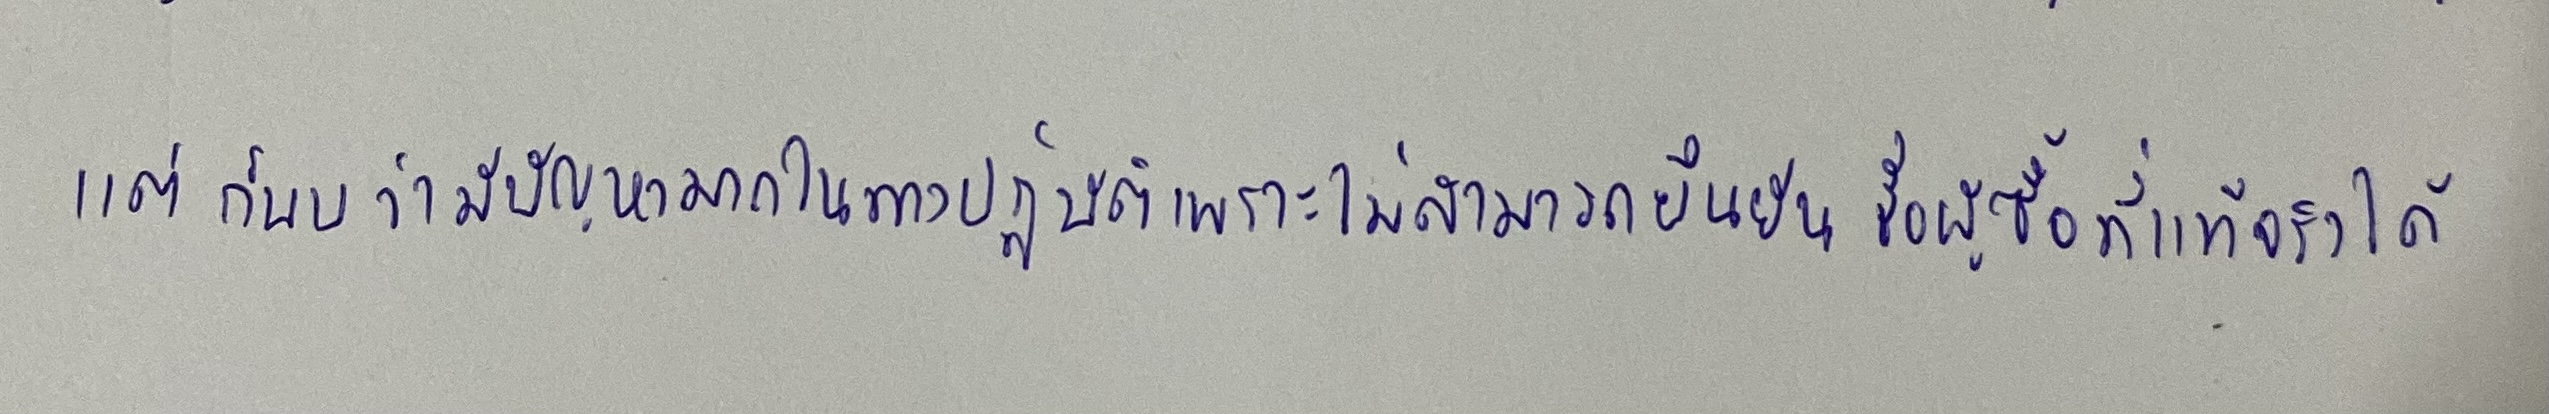
แต่ก็พบว่ามีปัญหามากในทางปฏิบัติเพราะไม่สามารถยืนยันชื่อผู้ซื้อที่แท้จริงได้